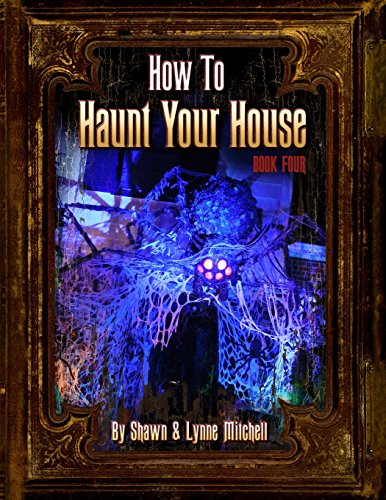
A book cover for How to Haunt Your House, Book Four; Lynne Mitchell; Crafts, Hobbies & Home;